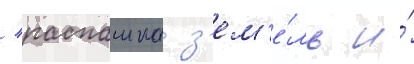
/ распашка з'ем'е́ль и́